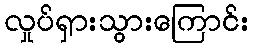
လှုပ်ရှားသွားကြောင်း